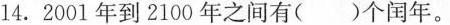
14. 2001年到2100年之间有()个闰年。